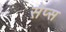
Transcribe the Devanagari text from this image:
सेप्स